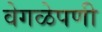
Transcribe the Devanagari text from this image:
वेगळेपणी